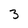
Character: 3